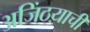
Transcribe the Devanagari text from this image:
अजिंठय़ाची